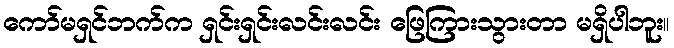
ကော်မရှင်ဘက်က ရှင်းရှင်းလင်းလင်း ဖြေကြားသွားတာ မရှိပါဘူး။